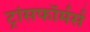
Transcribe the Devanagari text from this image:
ट्रांसफॉर्मर्स